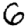
Digit: 6